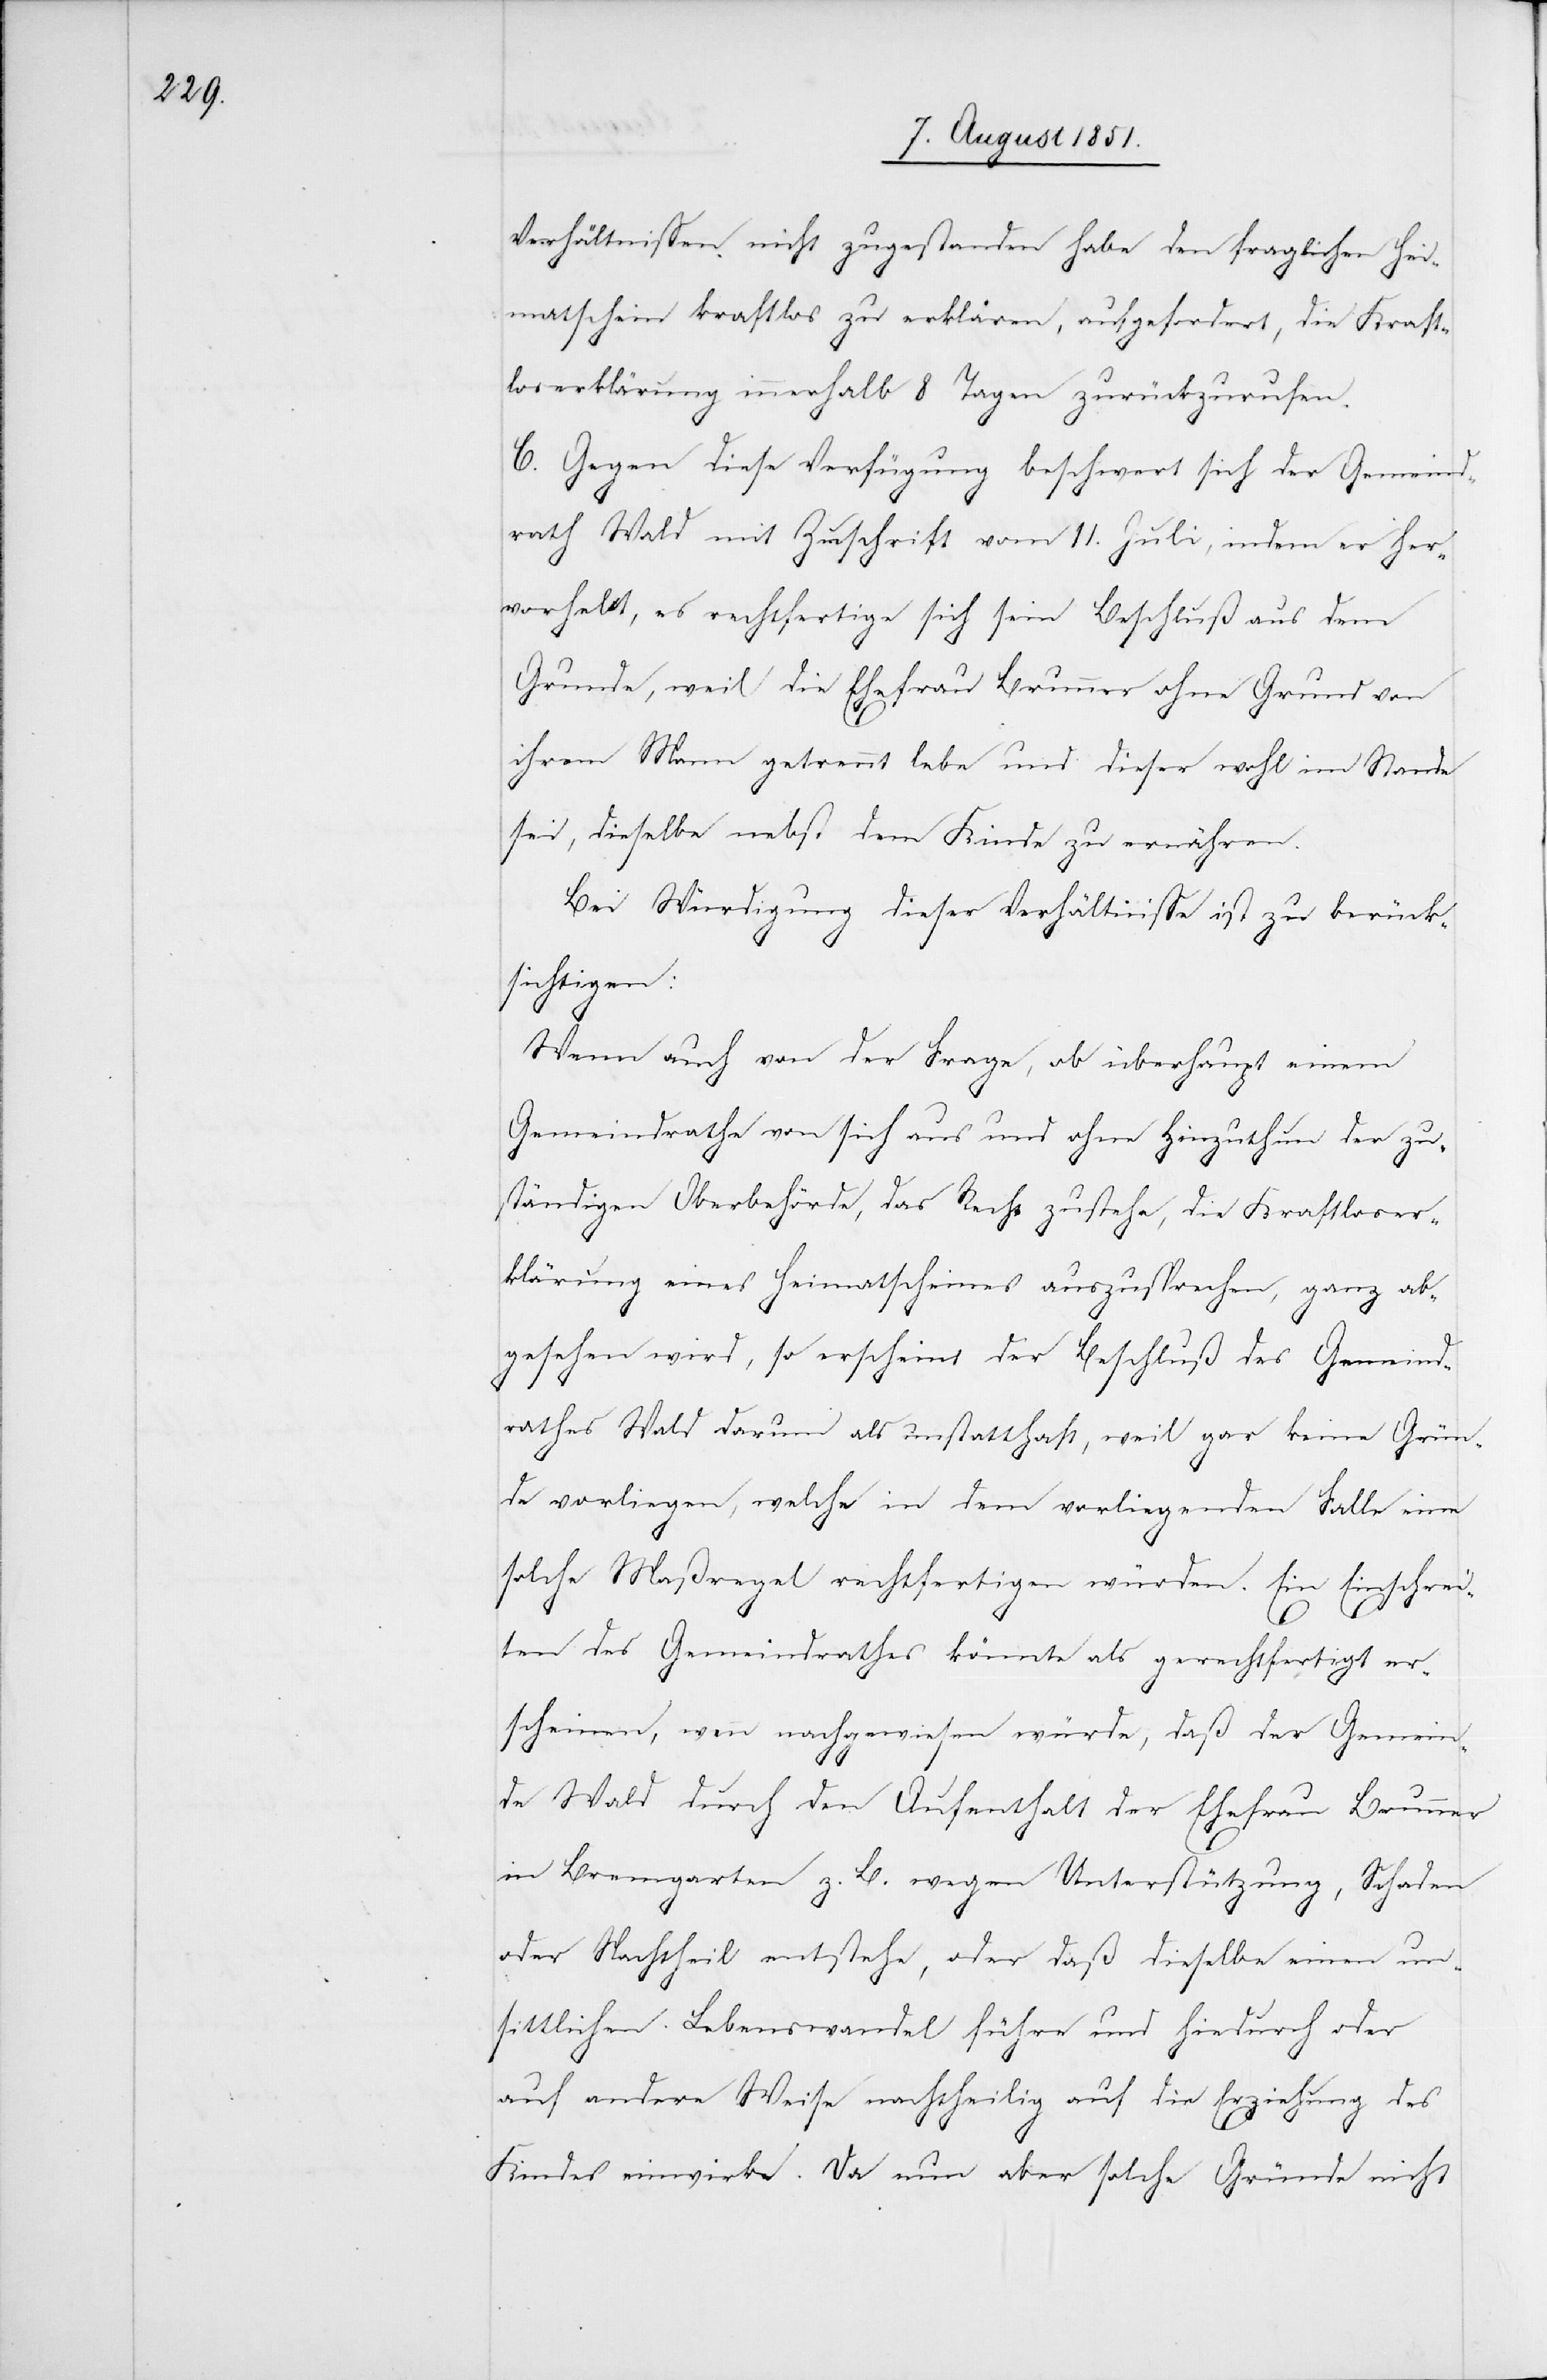
Verhältnissen nicht zugestanden habe den fraglichen Hei¬
matschein kraftlos zu erklären, aufgefordert, die Kraft¬
loserklärung innerhalb 8 Tagen zurückzurufen.
C. Gegen diese Verfügung beschwert sich der Gemeind¬
rath Wald mit Zuschrift vom 11. Juli, indem er her¬
vorhebt, es rechtfertige sich sein Beschluß aus dem
Grunde, weil die Ehefrau Brunner ohne Grund von
ihrem Mann getrennt lebe und dieser wohl im Stande
sei, dieselbe nebst dem Kinde zu ernähren.
Bei Würdigung dieser Verhältnisse ist zu berück¬
sichtigen:
Wenn auch von der Frage, ob überhaupt einem
Gemeindrathe von sich aus und ohne Hinzuthun der zu¬
ständigen Oberbehörde, das Recht zustehe, die Kraftloser¬
klärung eines Heimatscheines auszusprechen, ganz ab¬
gesehen wird, so erscheint der Beschluß des Gemeind¬
rathes Wald darum als unstatthaft, weil gar keine Grün¬
de vorliegen, welche in dem vorliegenden Falle eine
solche Maßregel rechtfertigen würden. Ein Einschrei¬
ten des Gemeindrathes könnte als gerechtfertigt er¬
scheinen, wenn nachgewiesen würde, daß der Gemein¬
de Wald durch den Aufenthalt der Ehefrau Brunner
in Bremgarten z. B. wegen Unterstützung, Schaden
oder Nachtheil entstehe, oder daß dieselbe einen un¬
sittlichen Lebenswandel führe und hiedurch oder
auf andere Weise nachtheilig auf die Erziehung des
Kindes einwirke. Da nun aber solche Gründe nicht